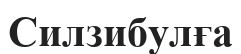
Силзибулға